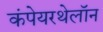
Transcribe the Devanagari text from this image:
कंपेयरथेलॉन